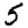
Digit: 5